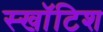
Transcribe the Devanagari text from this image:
स्खॉटिश